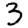
Digit: 3